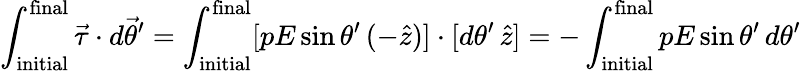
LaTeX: \int_{\mathrm{initial}}^{\mathrm{final}}\vec{\tau}\cdot d\vec{\theta}^{\prime}=\int_{\mathrm{initial}}^{\mathrm{final}}[pE\sin\theta^{\prime}\, (-\hat{z})]\cdot[d\theta^{\prime}\, \hat{z}]=-\int_{\mathrm{initial}}^{\mathrm{final}}pE\sin\theta^{\prime}\, d\theta^{\prime}